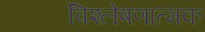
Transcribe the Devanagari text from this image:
विश्‍लेषणात्‍मक